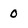
Character: 0